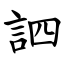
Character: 訵